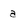
Character: a